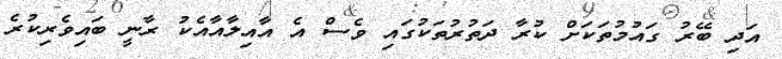
އަދި ބޭރު ގައުމުތަކަށް ކުރާ ދަތުރުތަކުގައި ވެސް އެ އާއިލާއާއެކު ރާނީ ބައިވެރިކުރެ